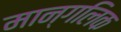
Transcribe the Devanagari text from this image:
मान्गलिक